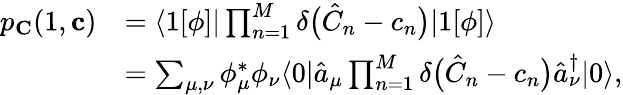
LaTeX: \begin{array}{rl}{p_{\mathbf{C}}(1,\mathbf{c})}&{=\langle 1[\phi]|\prod_{n=1}^{M}\delta\bigl(\hat{C}_{n}-c_{n}\bigr)|1[\phi]\rangle}\\ &{=\sum_{\mu,\nu}\phi_{\mu}^{*}\phi_{\nu}\langle 0|\hat{a}_{\mu}\prod_{n=1}^{M}\delta\bigl(\hat{C}_{n}-c_{n}\bigr)\hat{a}_{\nu}^{\dagger}|0\rangle,}\end{array}